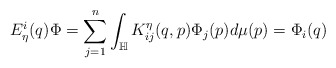
\begin{align*}E_{\eta}^i(q)\Phi=\sum_{j=1}^n\int_{\mathbb{H}}K_{ij}^{\eta}(q,p)\Phi_j(p)d\mu(p)=\Phi_i(q)\end{align*}